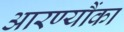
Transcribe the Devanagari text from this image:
आरण्यौंका